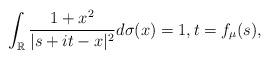
LaTeX: \begin{align*}\int_{\mathbb{R}}\frac{1+x^{2}}{|s+it-x|^{2}}d\sigma(x)=1,t=f_{\mu}(s),\end{align*}